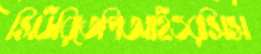
সিউরিতেপিআইওরসিস